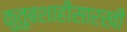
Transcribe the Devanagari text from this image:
कुतुबशाहीसारखी